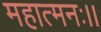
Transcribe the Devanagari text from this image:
महात्मनः।।